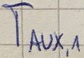
Text: TAUX,1